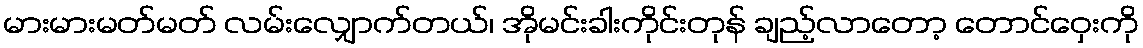
မားမားမတ်မတ် လမ်းလျှောက်တယ်၊ အိုမင်းခါးကိုင်းတုန် ချည့်လာတော့ တောင်ဝှေးကို